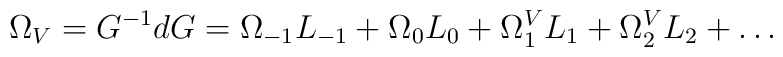
\Omega_V=G^{-1} dG=\Omega_{-1}L_{-1}+\Omega_0 L_0+\Omega_1^V L_1+\Omega_2^V L_2+\ldots